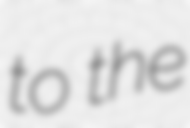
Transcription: to the